Leaving Certificate Examination (including Day School Certificate (Higher) General paper), 1932
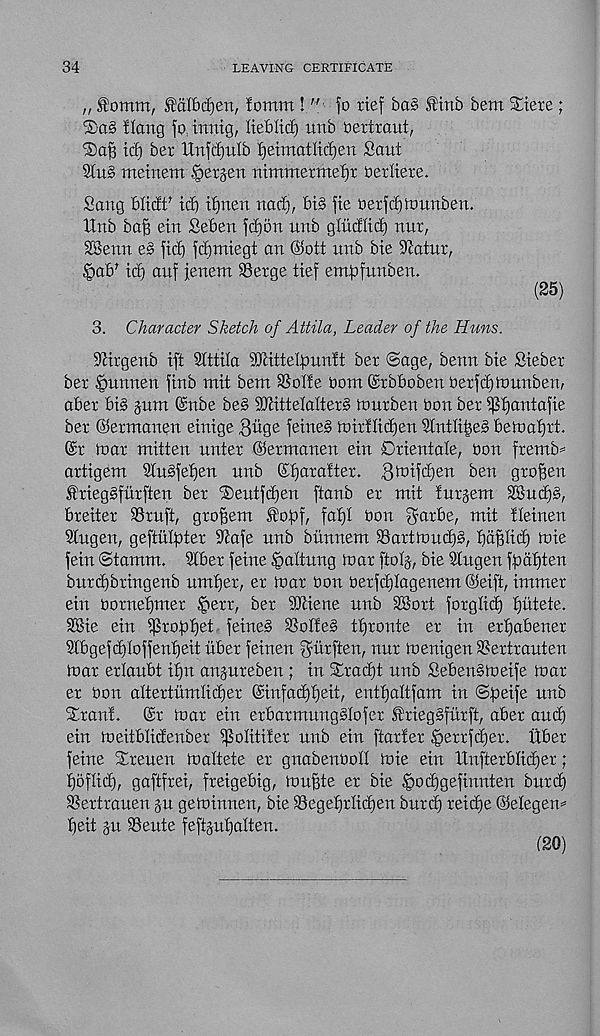
34
LEAVING CERTIFICATE
fomm !
fo rtef ba§ .tinb bem %iexe ;
®a§ Hang fo, innig, lieblicf) unb oertraut,
id) ber Itnfdjulb fjeimatlicfjen Sant
2tn§ metnem Bergen nimrnermetjr oerliere.
Sang blidt t id) ifjnen nad), bi§ fie oerfdfttmnben.
tlnb bag ein Seben fd)5n unb g(iidlid) nur,
SBenn e§ fic^ fdjmiegt an ©ott nnb bie iJiatnr,
^ab’ id) anf jenem SSerge tief erngfunben.
(25)
3. Character Sketch of Attila, Leader of the Huns.
Sftrgenb ift dtttiia s J3citteigun!t ber ©age, benn bie Siebet
ber §unnen finb mit bem SSoIfe Oom ©rbboben berfdjtnunben,
aber bis §um ©nbe be§ 9JcitteIaIter§ rtmrben bon ber ipifantafie
ber ©ermanen einige Biige feine§ mirtlidjen 2tntli|e§ beinafjrt.
©r mar mitten nnter ©ermanen etn Orientate, bon fremb=
artigem 9tn§fet)en nnb ©fjaratter. 3tbifd)en ben groffen
£rieg§fiirften ber ®entfd)en ftanb er mit Inrjem 3Bnd)§,
breiter SBruft, gro^em fob), fatjt bon gurbe, mit fteinen
Stngen, geftiilpter diafe unb bitnnem ®artmud)§, bag (id) mie
fein ©tamm. 3tber feme §attung mar ftolg-, bie Slngen fbdbten
bnrd)bringenb umber, er mar bon berfcbtagenem ©eift, immer
ein bornebmer ^err, ber iUciene nnb 28ort forgtid) bi'dete.
SSie ein iprobbet feine§ SSotte§ tbronte er in erbabener
9Xbgefd)(offenbeit iiber feinen ^iirften, nnr menigen SSertrauten
mar ertaubt ibn anjnreben; in SErad)t nnb Seben§meife mar
er bon attertumticber ©infacbbeit, entbattfam in ©beife unb
Sr ant. ©r mar ein erbarmungstofer friegsfurft, aber and)
ein meitblidenber ipolitifer unb ein ftarfer §errfd)er. liber
feine Sreuen mattete er gnabenboll mie ein itnfterbbdjer;
boftid), gaftfrei, freigebig, mupte er bie §od)gefinnten burtb
SSertrauen §u geminnen, bie SSegebrlicben burd) reit^e ©elegem
beit ju 93ente feftjnbatten.
(20)